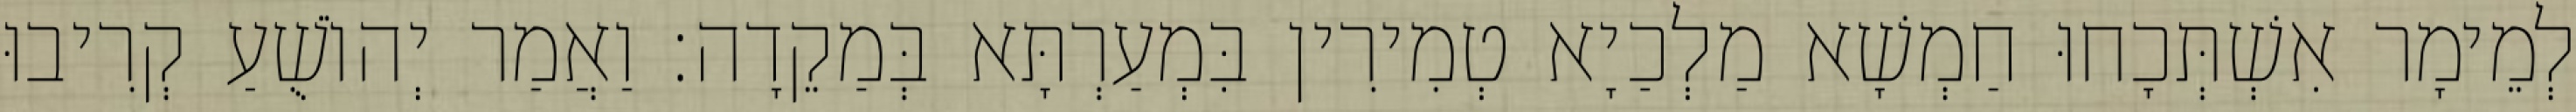
לְמֵימָר אִשְׁתְּכָחוּ חַמְשָׁא מַלְכַיָא טְמִירִין בִּמְעַרְתָּא בְּמַקֵדָה׃ וַאֲמַר יְהוֹשֻׁעַ קְרִיבוּ